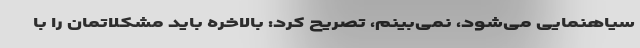
سیاهنمایی می‌شود، نمی‌بینم، تصریح کرد: بالاخره باید مشکلاتمان را با